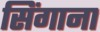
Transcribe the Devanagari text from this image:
सिंगाना